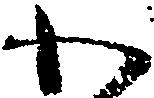
わ